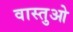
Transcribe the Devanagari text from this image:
वास्तुओ